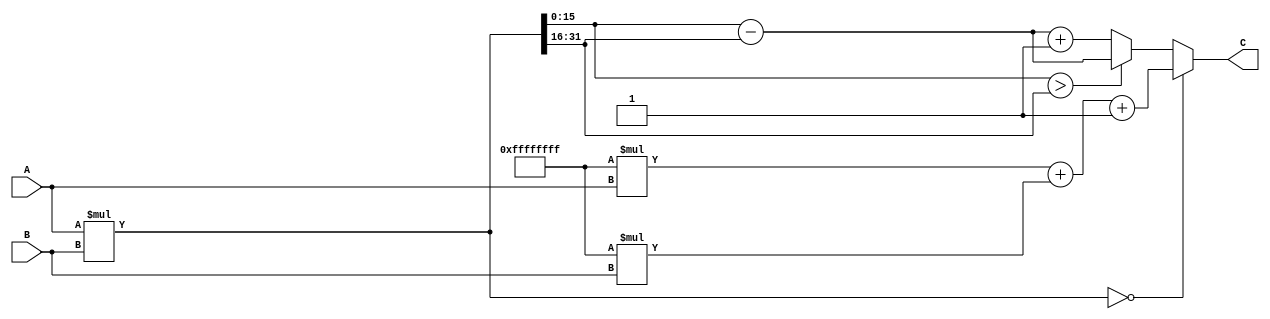
`timescale 1ns / 1ps
//////////////////////////////////////////////////////////////////////////////////
// Company: 
// Engineer: 
// 
// Design Name: 
// Module Name: inmultire
// Project Name: 
// Target Devices: 
// Tool Versions: 
// Description: 
// 
// Dependencies: 
// 
// Revision:
// Revision 0.01 - File Created
// Additional Comments:
// 
//////////////////////////////////////////////////////////////////////////////////

module inmultire(
    input[15:0] A,
    input[15:0] B,
    output reg [15:0]C
);
    
    reg[31:0] result;
    reg[15:0] lo, hi;
    
    always @(*) begin
     result = A * B;
     if (result == 32'b0) 
         begin
            C = (-1) * A + (-1) * B + 1;
         end 
     else 
         begin
             hi = result >> 16;
             lo = result;
         if (lo > hi) 
             begin
                C = lo - hi;
             end 
         else 
             begin
                C = lo - hi + 1;
             end
         end
    end
    
endmodule